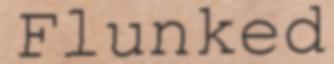
Flunked